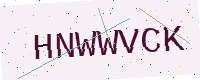
Text: HNWWVCK